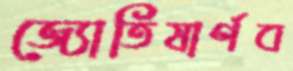
জ্যোতিষার্ণব